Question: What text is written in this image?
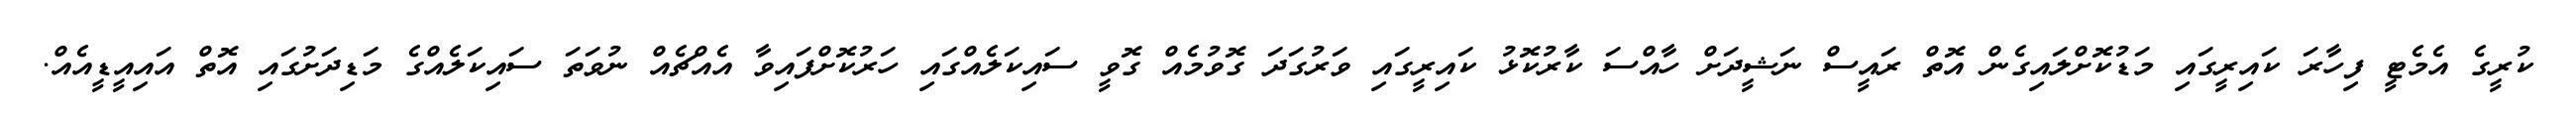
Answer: ކުރީގެ އެމެޓީ ފިހާރަ ކައިރީގައި މަޑުކޮށްލައިގެން އޮތް ރައީސް ނަޝީދަށް ހާއްސަ ކާރުކޮޅު ކައިރީގައި ވަރުގަދަ ގޮވުމެއް ގޮވީ ސައިކަލެއްގައި ހަރުކޮށްފައިވާ އެއްޗެއް ނުވަތަ ސައިކަލެއްގެ މަޑިދަށުގައި އޮތް އައިއީޑީއެއް.